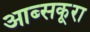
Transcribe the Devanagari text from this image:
आब्सकूरा